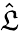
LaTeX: \hat{\mathfrak L}